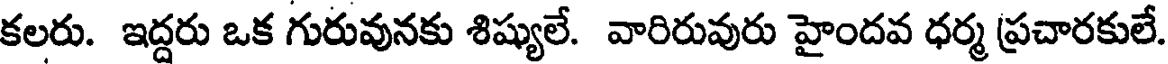
కలరు. ఇద్దరు ఒక గురువునకు శిష్యులే. వారిరువురు హైందవ ధర్మ ప్రచారకులే.